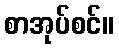
စာအုပ်စင်။